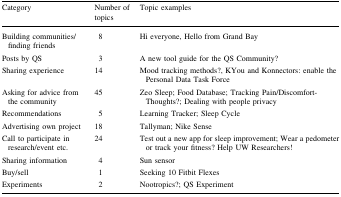
| Category | Number of topics | Topic examples |
 | --- | --- | --- |
 | Building communities/finding friends | 8 | Hi everyone, Hello from Grand Bay |
 | Posts by QS | 3 | A new tool guide for the QS Community? |
 | Sharing experience | 14 | Mood tracking methods?, KYou and Konnectors: enable the Personal Data Task Force |
 | Asking for advice from the community | 45 | Zeo Sleep; Food Database; Tracking Pain/Discomfort-Thoughts?; Dealing with people privacy |
 | Recommendations | 5 | Learning Tracker; Sleep Cycle |
 | Advertising own project | 18 | Tallyman; Nike Sense |
 | Call to participate in research/event etc. | 24 | Test out a new app for sleep improvement; Wear a pedometer or track your fitness? Help UW Researchers! |
 | Sharing information | 4 | Sun sensor |
 | Buy/sell | 1 | Seeking 10 Fitbit Flexes |
 | Experiments | 2 | Nootropics?; QS Experiment |